65_HS1-834228961_62-HQ-83894_Section_2
Agency: FBI
Page 130
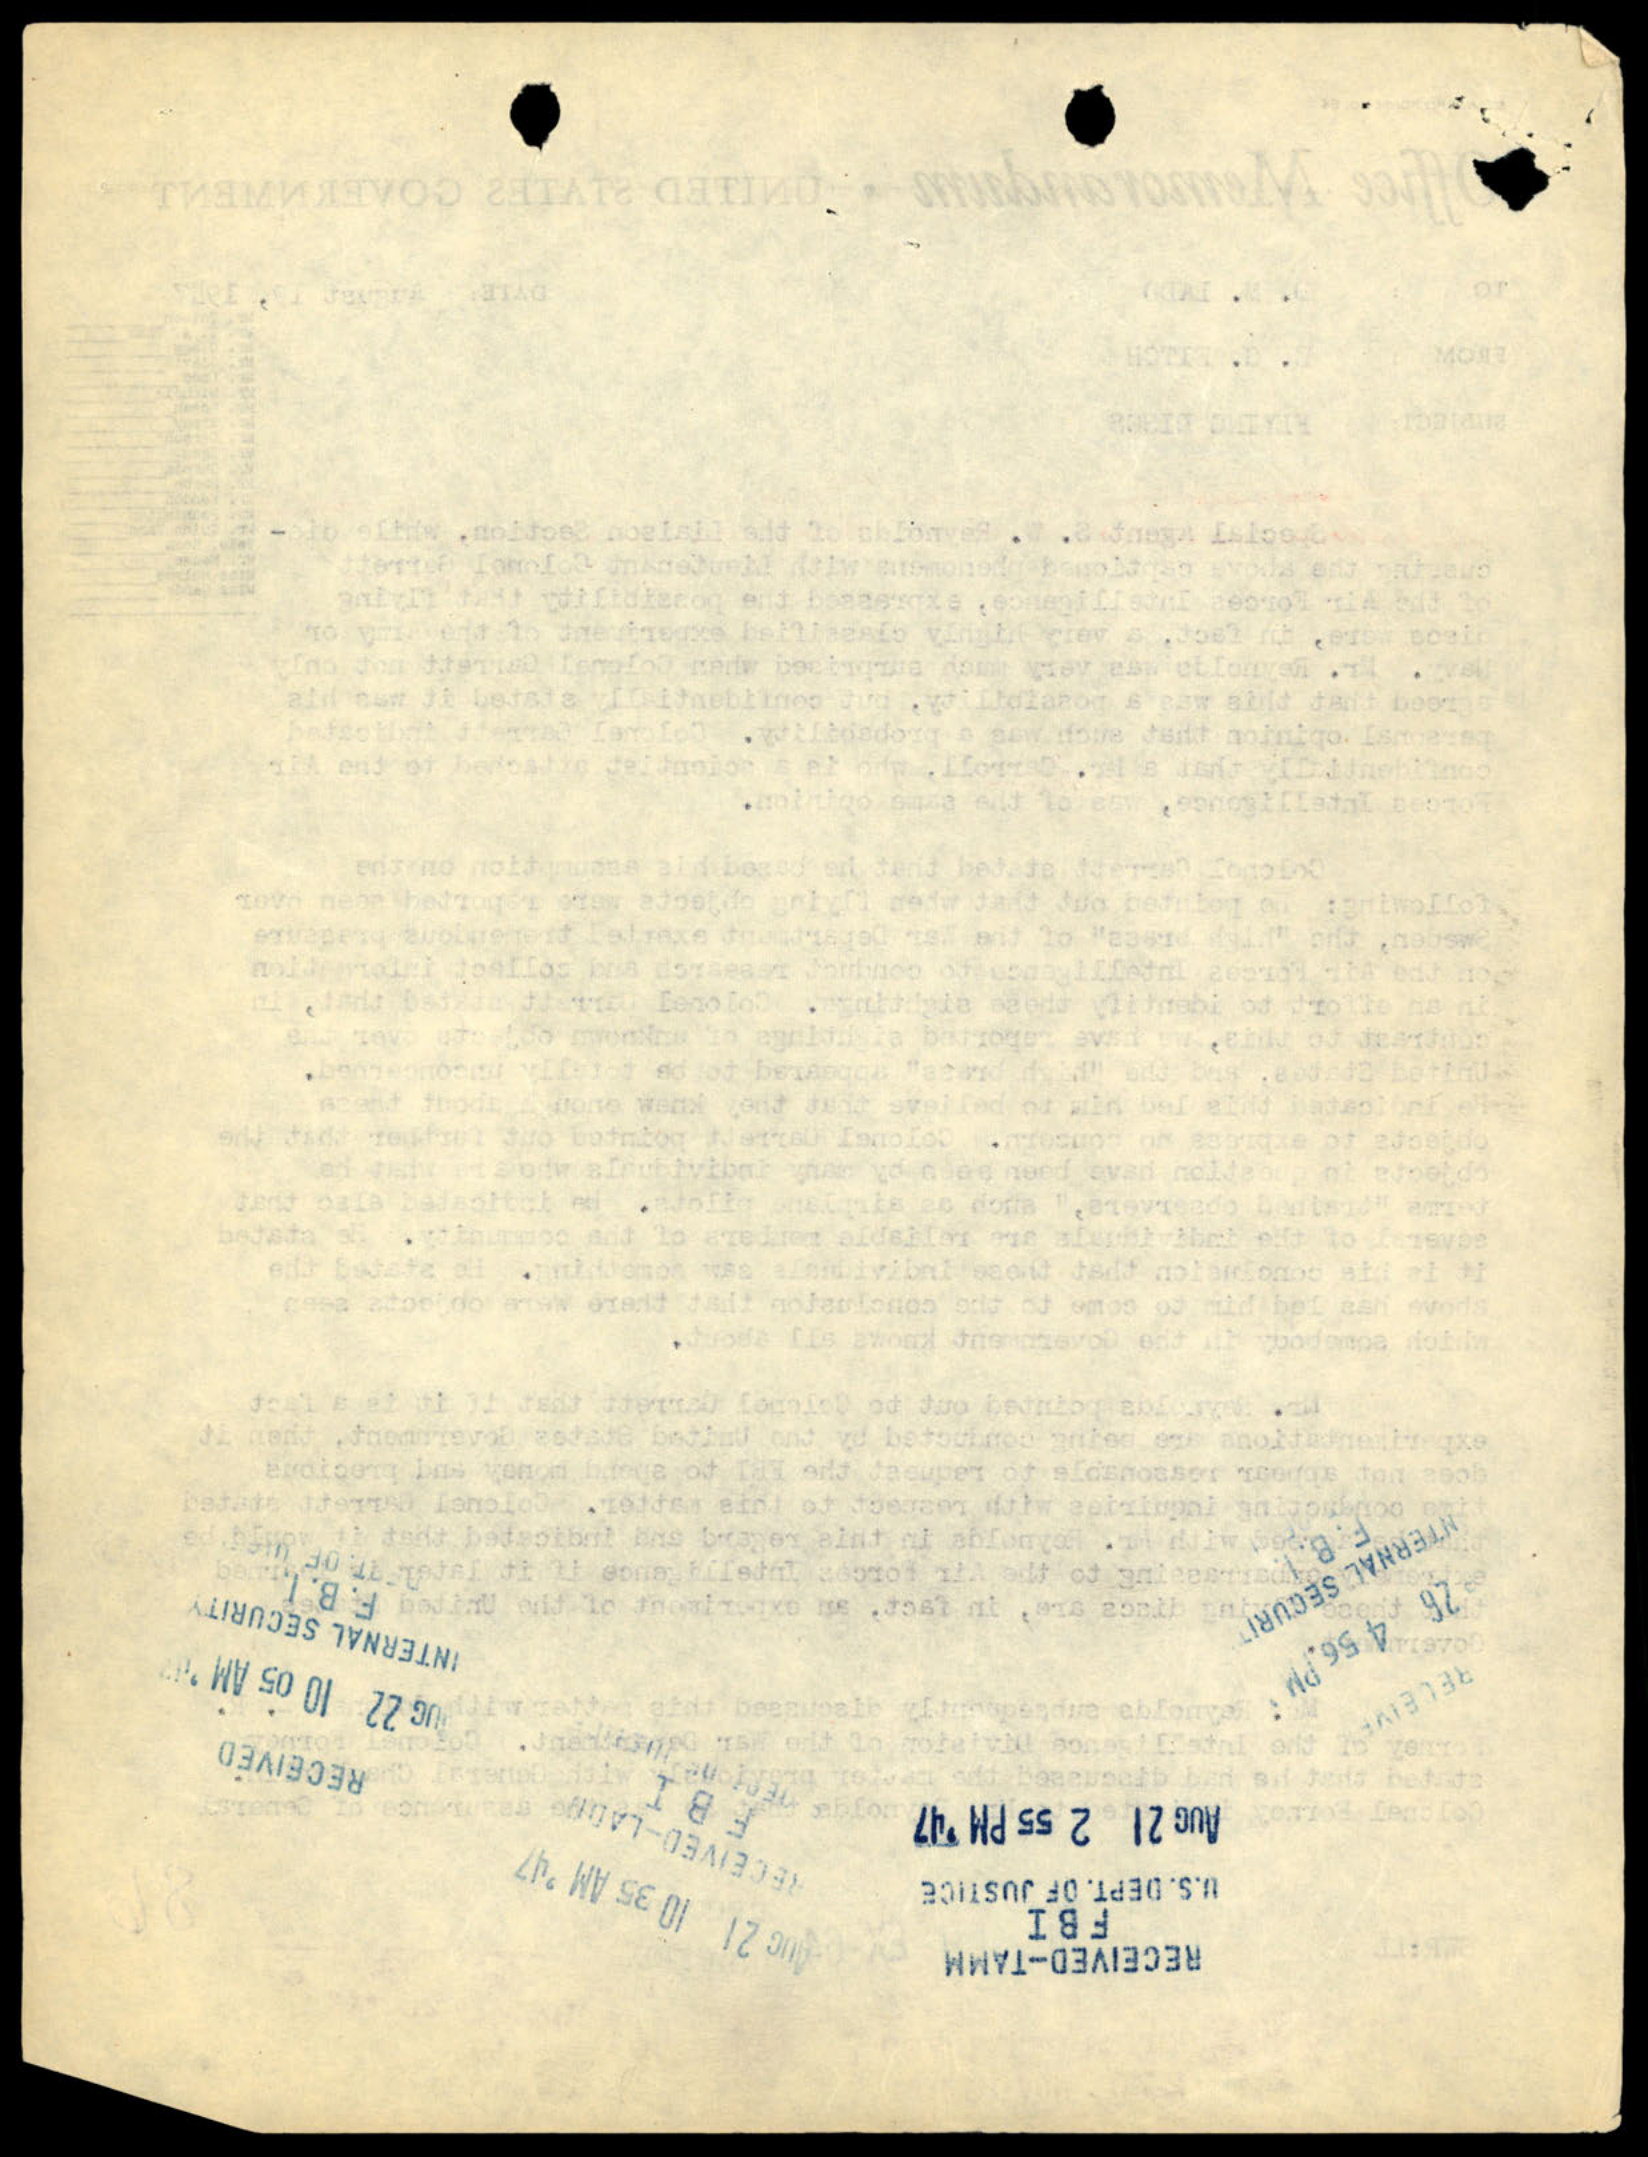